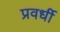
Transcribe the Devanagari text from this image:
प्रवर्धी